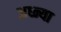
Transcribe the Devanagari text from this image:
अध्न्या